Rules regarding the measures to be adopted on the outbreak of cholera or appearance of small-pox
Disease focus: Cholera
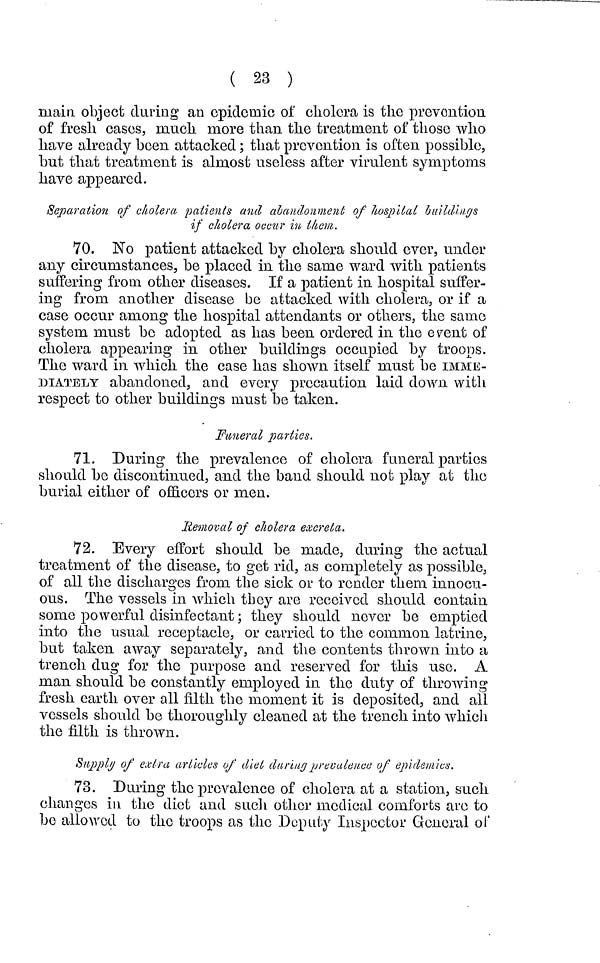
( 23 )
main object daring an epidemic oí cholera is the prevention
of fresh cases, much more than the treatment of those who
have already been attacked ; that prevention is often possible,
but that treatment is almost useless after virulent symptoms
have appeared.
Separation of cholera patients and abandonment of hospital buildings
if cholera occur in them.
70. No patient attacked by cholera should ever, under
any circumstances, be placed in the same ward with patients
suffering from other diseases. If a patient in hospital suffer-
ing from another disease be attacked with cholera, or if a
case occur among the hospital attendants or others, the same
system must be adopted as has been ordered in the event of
cholera appearing in other buildings occupied by troops.
The ward in which the case has shown itself must be IMME-
DIATELY abandoned, and every precaution laid down with
respect to other buildings must be taken.
Funeral parties.
71. During the prevalence of cholera funeral parties
should be discontinued, and the band should not play at the
burial either of officers or men.
Removal of cholera excreta.
72. Every effort should be made, during the actual
treatment of the disease, to get rid, as completely as possible,
of all the discharges from the sick or to render them innocu-
ous. The vessels in which they are received should contain
some powerful disinfectant ; they should never be emptied
into the usual receptacle, or carried to the common latrine,
but taken away separately, and the contents thrown into a
trench dug for the purpose and reserved for this use. A
man should be constantly employed in the duty of throwing
fresh earth over all filth the moment it is deposited, and all
vessels should be thoroughly cleaned at the trench into which
the filth is thrown.
Supply of extra articles of diet during prevalence of epidemics.
73. During the prevalence of cholera at a station, such
changes in the diet and such other medical comforts are to
bo allowed to the troops as the Deputy Inspector General of